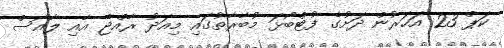
ކަޕް 23 އަހަރުން ދަށުގެ ފުޓްބޯޅަ މުބާރާތުގައި މިއަދު ރާއްޖެ އާއި ލާއޯސް